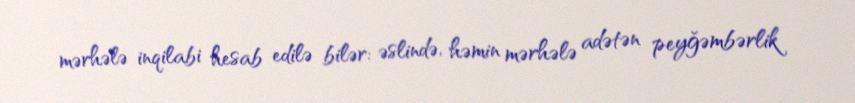
mərhələ inqilabi hesab edilə bilər: əslində, həmin mərhələ adətən peyğəmbərlik